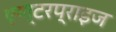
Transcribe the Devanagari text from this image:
एण्टरप्राइज